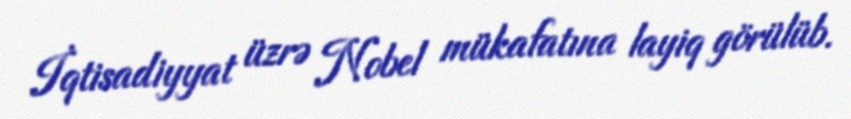
İqtisadiyyat üzrə Nobel mükafatına layiq görülüb.